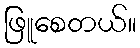
ဖြူစေတယ်။